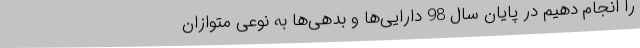
را انجام دهیم در پایان سال 98 دارایی‌ها و بدهی‌ها به نوعی متوازان